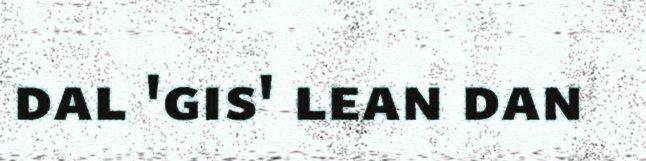
dal 'gis' lean dan